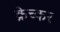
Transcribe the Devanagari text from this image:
क्रेच्कर